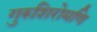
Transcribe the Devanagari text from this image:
गुरुशिरोमणि